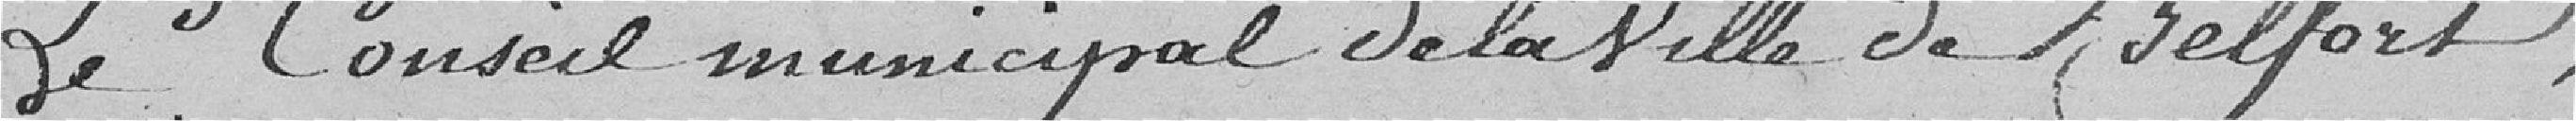
Le Conseil Municipal de la ville de Belfort,